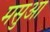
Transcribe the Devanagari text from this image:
मसुआ